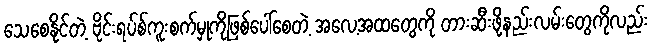
သေစေနိုင်တဲ့ ဗိုင်းရပ်စ်ကူးစက်မှုကိုဖြစ်ပေါ်စေတဲ့ အလေ့အထတွေကို တားဆီးဖို့နည်းလမ်းတွေကိုလည်း